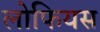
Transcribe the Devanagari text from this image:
लोफियस